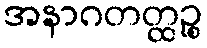
အနာဂတတ္ထဉ္စ